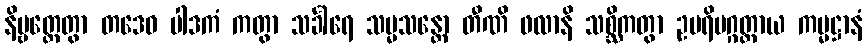
နိဗ္ဗတ္တေတွာ တဒေဝ ပါဒကံ ကတွာ သင်္ခါရေ သမ္မသန္တော တီဏိ ဖလာနိ သစ္ဆိကတွာ ဥပရိမဂ္ဂတ္ထာယ ကမ္မဋ္ဌာနံ